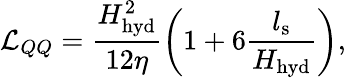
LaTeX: \mathcal{L}_{QQ}=\frac{H_{\mathrm{hyd}}^{2}}{12\eta}\left(1+6\frac{l_{\mathrm{s}}}{H_{\mathrm{hyd}}}\right),